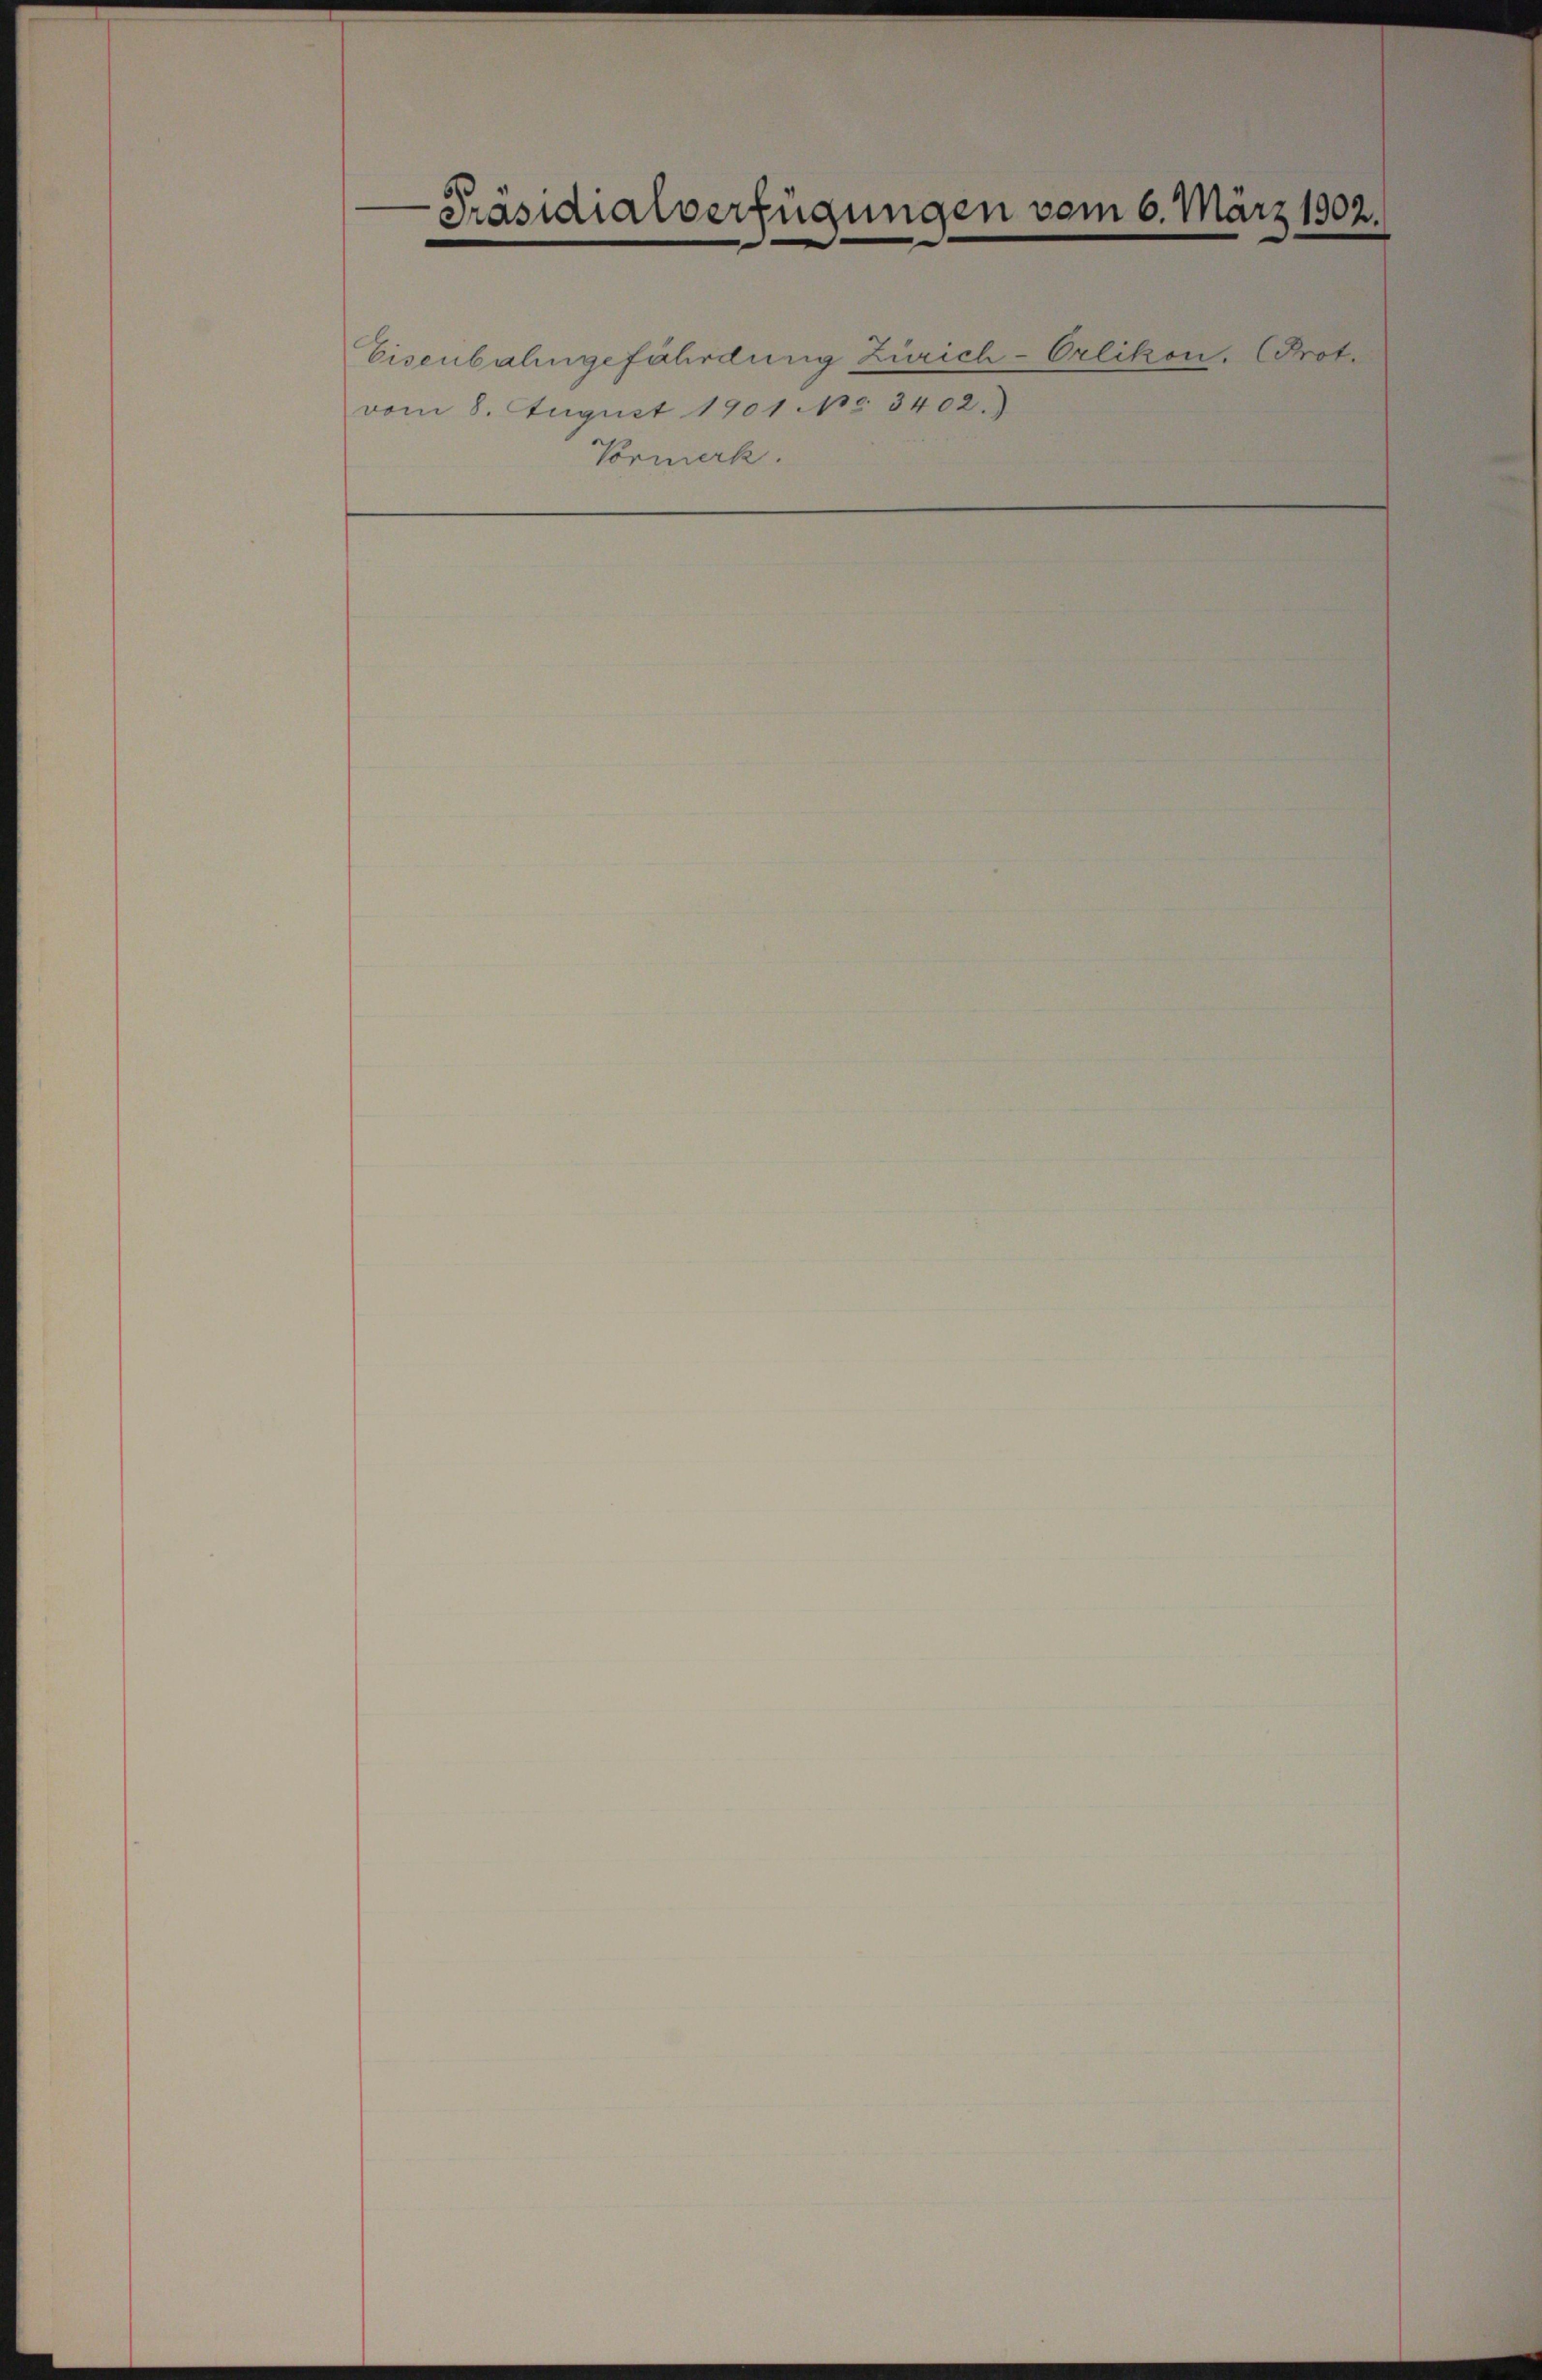
-Präsidialverfügungen vom 6. März 1902.
.

vom 8. August 1901 No 3402.
Vormerk.

Eisenbahngefährdung Zürich-Orlikon. (Prot.